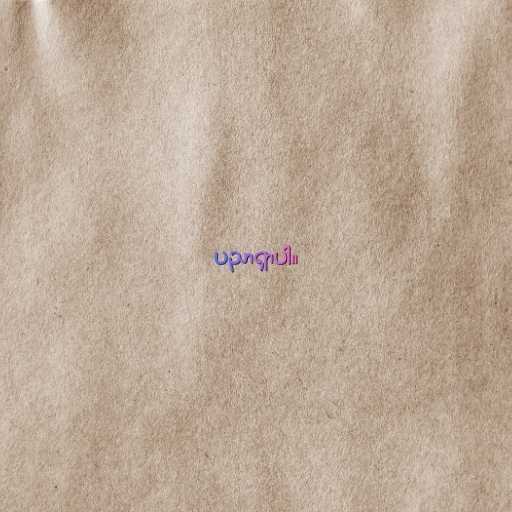
ပညာရှာပါ။